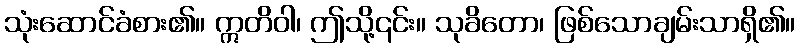
သုံးဆောင်ခံစား၏။ ဣတိဝါ၊ ဤသို့၎င်း။ သုခိတော၊ ဖြစ်သောချမ်းသာရှိ၏။